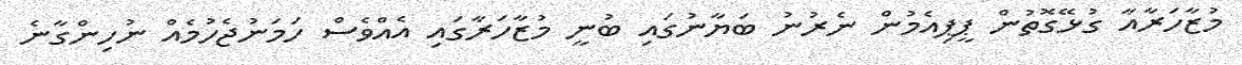
މުޒާހަރާއާ ގުޅޭގޮތުން ޕީޕިއެމުން ނެރުނު ބަޔާނުގައި ބުނީ މުޒާހަރާގައި އެއްވެސް ހަމަނުޖެހުމެއް ނުހިންގާނެ